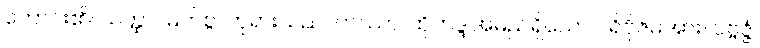
တောင်း၏။ သတ္ထာ၊ မြတ်စွာဘုရားသည်။ တဿာ၊ ထိုဘဒ္ဒါအမည်ရှိသော ပရိဗိုဇ်မအား။ ပဗ္ဗဇ္ဇံ၊